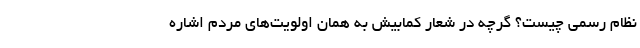
نظام رسمی چیست؟ گرچه در شعار کمابیش به همان اولویت‌های مردم اشاره